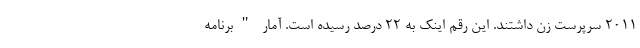
2011 سرپرست زن داشتند. این رقم اینک به 22 درصد رسیده است. آمار "برنامه